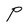
Character: P